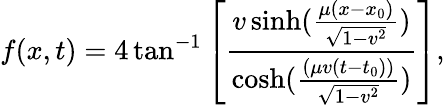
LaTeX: f(x,t)=4\tan^{-1}\left[\frac{v\sinh(\frac{\mu(x-x_{0})}{\sqrt{1-v^{2}}})}{\cosh(\frac{(\mu v(t-t_{0}))}{\sqrt{1-v^{2}}})}\right],